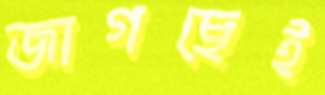
জাগছেই